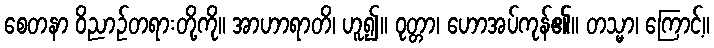
စေတနာ ဝိညာဉ်တရားတို့ကို။ အာဟာရာတိ၊ ဟူ၍။ ဝုတ္တာ၊ ဟောအပ်ကုန်၏။ တသ္မာ၊ ကြောင့်။